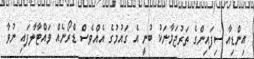
އިންޑިއާ ސިފައިންގެ ތަރުޖަމާނަކު ބުނީ އެ ގައުމުގެ އެއްވެސް ޑްރޯނެއް ވައްޓާލާފައި ނުވާ